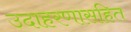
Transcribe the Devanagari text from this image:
उदाहरणासहित